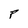
Character: P